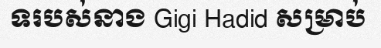
ទរបស់នាង Gigi Hadid សម្រាប់